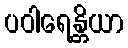
ပဝါရေန္တိယာ